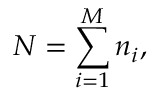
N = \sum _ { i = 1 } ^ { M } n _ { i } ,